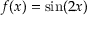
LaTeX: f ( x ) = \sin ( 2 x )